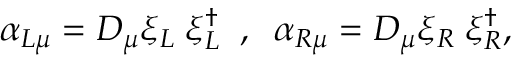
\alpha _ { L \mu } = D _ { \mu } \xi _ { L } \; \xi _ { L } ^ { \dagger } \; \; , \; \; \alpha _ { R \mu } = D _ { \mu } \xi _ { R } \; \xi _ { R } ^ { \dagger } ,